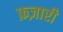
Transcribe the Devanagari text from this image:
फ़ज़ारी